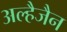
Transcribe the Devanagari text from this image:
अल्हैजैन